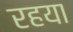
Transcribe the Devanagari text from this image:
रहया